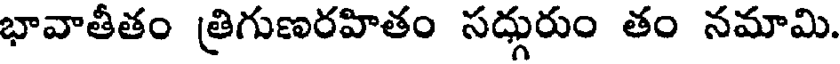
భావాతీతం త్రిగుణరహితం సద్గురుం తం నమామి.